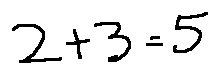
2 + 3 = 5